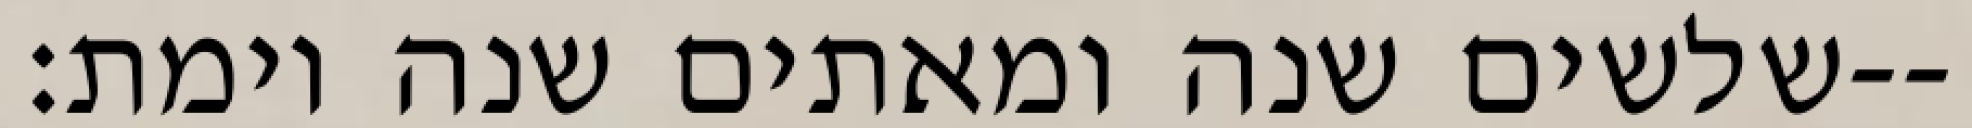
שלשים שנה ומאתים שנה וימת׃--